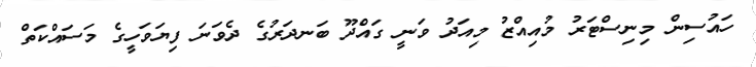
ހައުސިން މިނިސްޓަރު މުއިއްޒު މިއަދު ވަނީ ގައްދޫ ބަނދަރުގެ ދެވަނަ ފިޔަވަހީގެ މަސައްކަތް